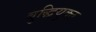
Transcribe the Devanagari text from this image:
बुद्धियुक्‍त